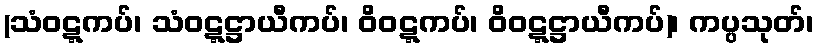
(သံဝဋ္ဋကပ်၊ သံဝဋ္ဋဋ္ဌာယီကပ်၊ ဝိဝဋ္ဋကပ်၊ ဝိဝဋ္ဋဋ္ဌာယီကပ်)၊ ကပ္ပသုတ်၊